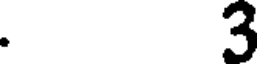
. 3